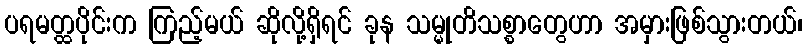
ပရမတ္ထပိုင်းက ကြည့်မယ် ဆိုလို့ရှိရင် ခုန သမ္မုတိသစ္စာတွေဟာ အမှားဖြစ်သွားတယ်၊